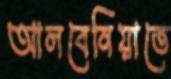
আলবেনিয়াতে